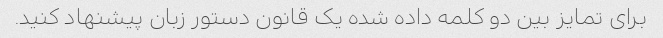
برای تمایز بین دو کلمه داده شده یک قانون دستور زبان پیشنهاد کنید.